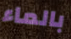
بالماء